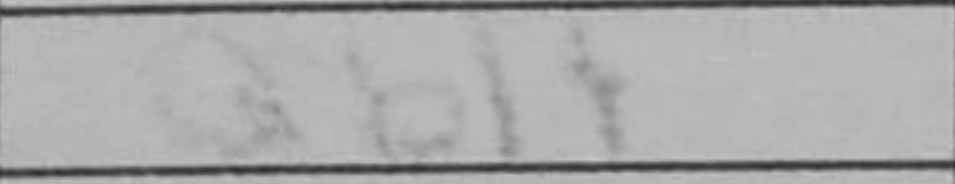
Transcription: Qb1+